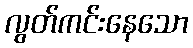
လွတ်ကင်းနေသော